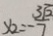
x _ { 2 } = - \frac { 3 \sqrt { 2 } } { 7 }